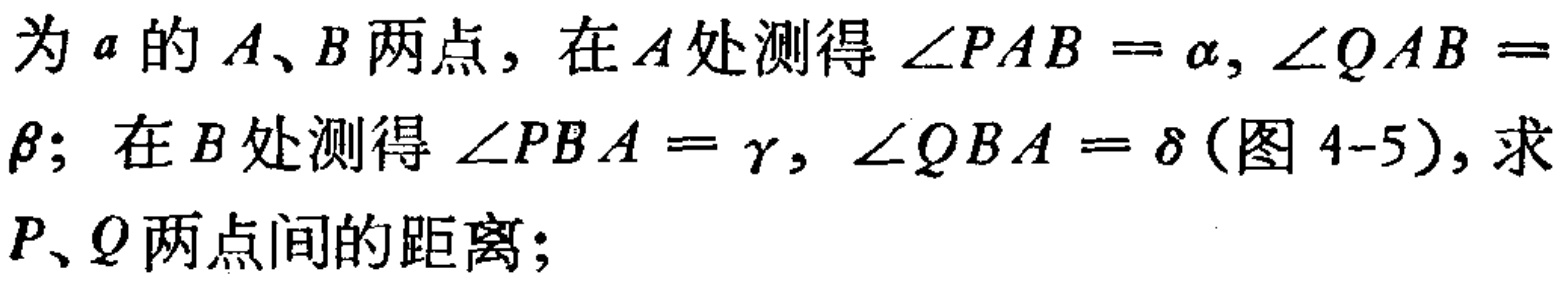
为\(a\)的\(A、B\)两点，在\(A\)处测得\(\angle PAB = \alpha, \angle QAB =\beta\)；在\(B\)处测得\(\angle PBA = \gamma, \angle QBA = \delta\)(图 \(4 - 5\))，求\(P、Q\)两点间的距离；